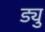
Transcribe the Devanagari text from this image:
ड्यु